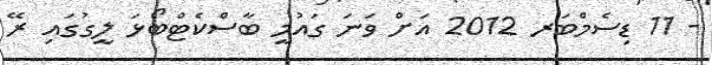
- 11 ޑިސެމްބަރ 2012 އަށް ވަނަ ގައުމީ ބާސްކެޓްބޯޅަ ލީގުގައި ރޭ